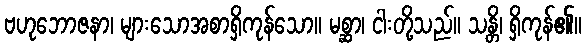
ဗဟုဘောဇနာ၊ များသောအစာရှိကုန်သော။ မစ္ဆာ၊ ငါးတို့သည်။ သန္တိ၊ ရှိကုန်၏။